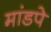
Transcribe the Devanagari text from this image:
मांडपे